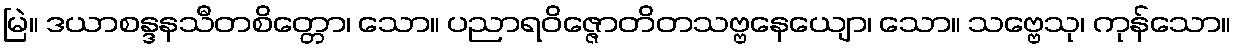
မြဲ။ ဒယာစန္ဒနသီတစိတ္တော၊ သော။ ပညာရဝိဇ္ဇောတိတသဗ္ဗနေယျော၊ သော။ သဗ္ဗေသု၊ ကုန်သော။